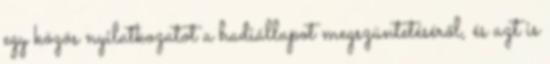
egy közös nyilatkozatot a hadiállapot megszüntetéséről, és azt is